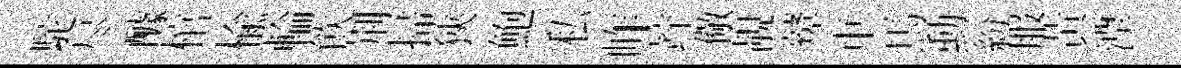
駝尽醵棺楡輪飮荆掃狹鮑私岞竚儆靚鼙車馬勳紛服黃湮